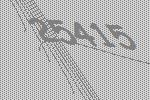
25415